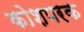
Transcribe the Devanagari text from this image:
कोशपरक